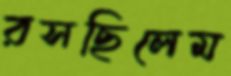
রসছিলেম